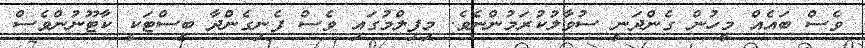
ވެސް ބައެއް މީހުން ގެންދަނީ ސުވާލުކުރަމުންނެވެ. މިފިލްމުގައި ވެސް ފެނިގެންދާ ބީސްޓަކީ ކާޓޫނުންވެސް